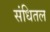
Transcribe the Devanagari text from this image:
संधितल